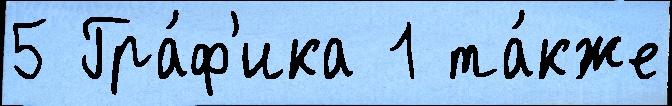
5 Гра́ф'ика 1 та́кже